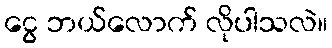
ငွေ ဘယ်လောက် လိုပါသလဲ။